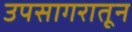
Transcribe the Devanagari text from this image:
उपसागरातून